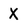
Character: X